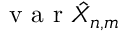
\mathrm { ~ v ~ a ~ r ~ } \hat { X } _ { n , m }